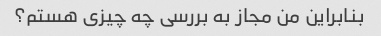
بنابراین من مجاز به بررسی چه چیزی هستم؟